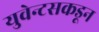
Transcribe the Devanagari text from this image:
युवेन्टसकडून